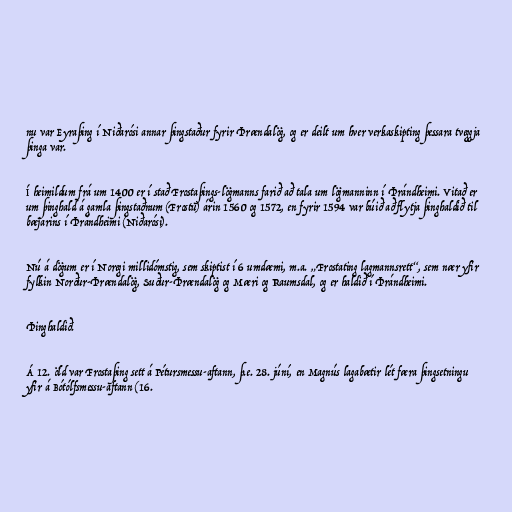
nu var Eyraþing í Niðarósi annar þingstaður fyrir Þrændalög, og er deilt um hver verkaskipting þessara tveggja
þinga var.

Í heimildum frá um 1400 er í stað Frostaþings-lögmanns farið að tala um lögmanninn í Þrándheimi. Vitað er
um þinghald á gamla þingstaðnum (Frostu) árin 1560 og 1572, en fyrir 1594 var búið að flytja þinghaldið til
bæjarins í Þrándheimi (Niðarósi).

Nú á dögum er í Noregi millidómstig, sem skiptist í 6 umdæmi, m.a. „Frostating lagmannsrett“, sem nær yfir
fylkin Norður-Þrændalög, Suður-Þrændalög og Mæri og Raumsdal, og er haldið í Þrándheimi.

Þinghaldið.

Á 12. öld var Frostaþing sett á Pétursmessu-aftann, þ.e. 28. júní, en Magnús lagabætir lét færa þingsetningu
yfir á Bótólfsmessu-aftann (16.